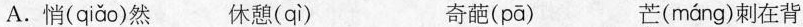
A.悄( qiǎo )然 休憩( qì ) 奇葩( pā ) 芒( máng )刺在背